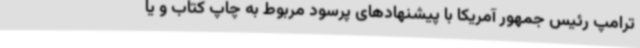
ترامپ رئیس جمهور آمریکا با پیشنهادهای پرسود مربوط به چاپ کتاب و یا